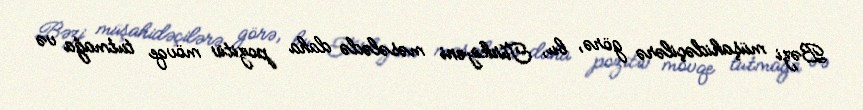
Bəzi müşahidəçilərə görə, bu, Türkiyəni məsələdə daha pozitiv mövqe tutmağa və